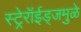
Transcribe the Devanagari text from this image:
स्ट्रेरॉईड्जमुळे